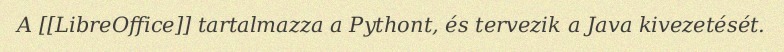
A [[LibreOffice]] tartalmazza a Pythont, és tervezik a Java kivezetését.